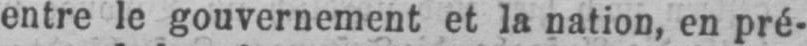
entre le gouvernement et la nation, en pré-